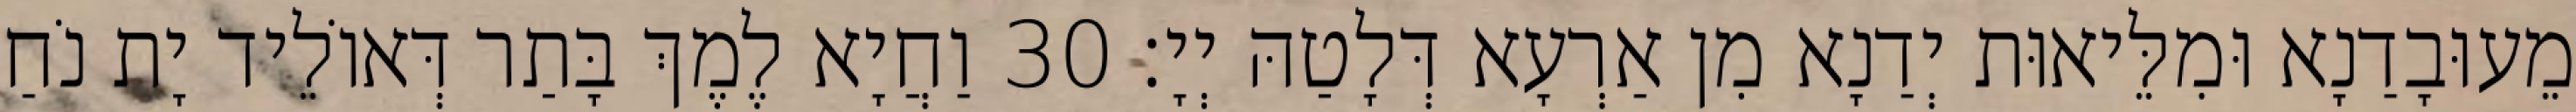
מֵעוּבָדַנָא וּמִלֵּיאוּת יְדַנָא מִן אַרְעָא דְּלָטַהּ יְיָ׃ 30 וַחֲיָא לֶמֶךְ בָּתַר דְּאוֹלֵיד יָת נֹחַ